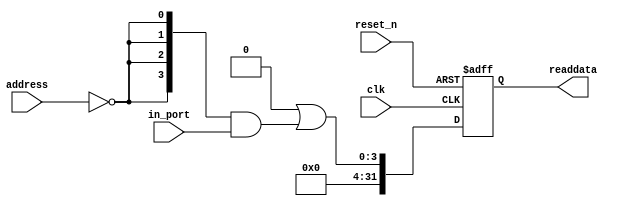
module soc_system_key_pio (
                            // inputs:
                             address,
                             clk,
                             in_port,
                             reset_n,

                            // outputs:
                             readdata
                          )
;

  output  [ 31: 0] readdata;
  input   [  1: 0] address;
  input            clk;
  input   [  3: 0] in_port;
  input            reset_n;

  wire             clk_en;
  wire    [  3: 0] data_in;
  wire    [  3: 0] read_mux_out;
  reg     [ 31: 0] readdata;
  assign clk_en = 1;
  //s1, which is an e_avalon_slave
  assign read_mux_out = {4 {(address == 0)}} & data_in;
  always @(posedge clk or negedge reset_n)
    begin
      if (reset_n == 0)
          readdata <= 0;
      else if (clk_en)
          readdata <= {32'b0 | read_mux_out};
    end


  assign data_in = in_port;

endmodule